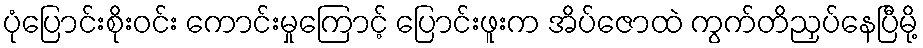
ပုံပြောင်းစိုးဝင်း ကောင်းမှုကြောင့် ပြောင်းဖူးက အိပ်ဇောထဲ ကွက်တိညှပ်နေပြီမို့